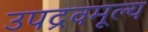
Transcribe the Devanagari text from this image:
उपद्रवमूल्य